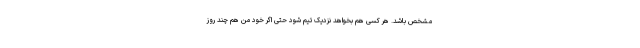
مشخص باشد. هر کسی هم بخواهد نزدیک تیم شود حتی اگر خود من هم چند روز